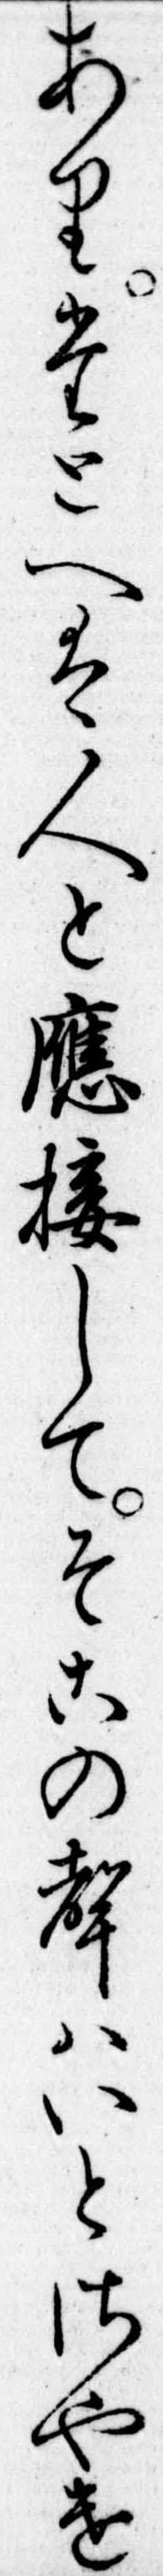
ありたとへは人と応接してそこの声はいとさやけ